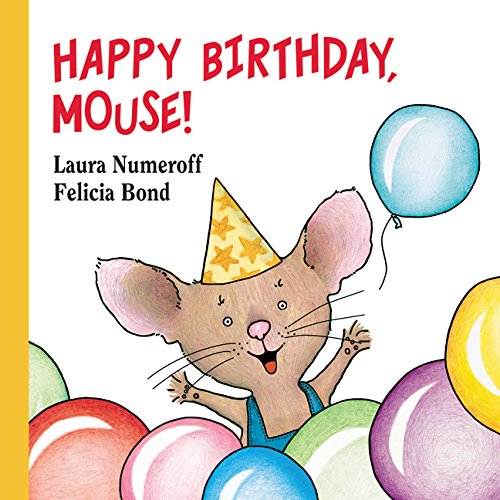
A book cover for Happy Birthday, Mouse! (If You Give...); Laura Numeroff; Children's Books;